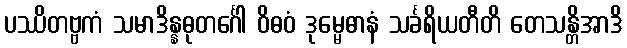
ပဿိတဗ္ဗကံ သမာဒိန္နဓုတင်္ဂေါ ဝိဓဝံ ဒုမ္မေဓာနံ သင်္ခရိယတီတိ တေသန္တိအာဒိ